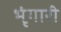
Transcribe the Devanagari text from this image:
भृंगारी